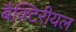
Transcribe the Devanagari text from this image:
बैक्टिरीयल